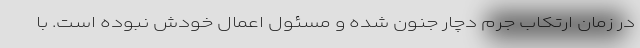
در زمان ارتکاب جرم دچار جنون شده و مسئول اعمال خودش نبوده است. با